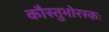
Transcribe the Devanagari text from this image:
कौस्तुभोरस्कः